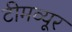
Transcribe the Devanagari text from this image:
टीमव्यूर